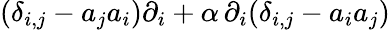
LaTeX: (\delta_{i,j}-a_{j}a_{i})\partial_{i}+{\alpha}\, \partial_{i}(\delta_{i,j}-a_{i}a_{j})